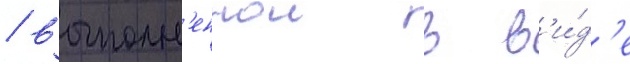
/ выполн'еннои в в'и́д'е